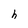
Character: h